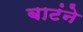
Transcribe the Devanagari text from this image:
बाटंने